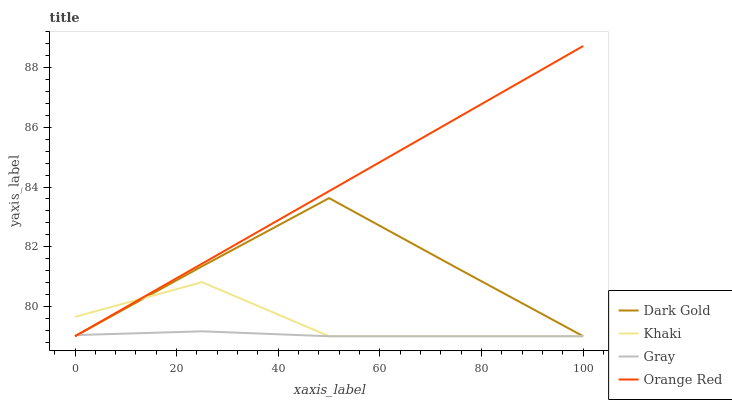
| xaxis_label | Dark Gold | Khaki | Gray | Orange Red |
 | --- | --- | --- | --- | --- |
 | 0 | 79 | 79.7 | 79 | 79 |
 | 25 | 81.3 | 80.8 | 79.2 | 81.4 |
 | 50 | 83.6 | 79 | 79 | 83.9 |
 | 75 | 81.3 | 79 | 79 | 86.3 |
 | 100 | 79 | 79 | 79 | 88.7 |